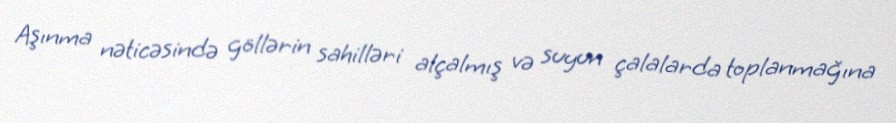
Aşınma nəticəsində göllərin sahilləri alçalmış və suyun çalalarda toplanmağına